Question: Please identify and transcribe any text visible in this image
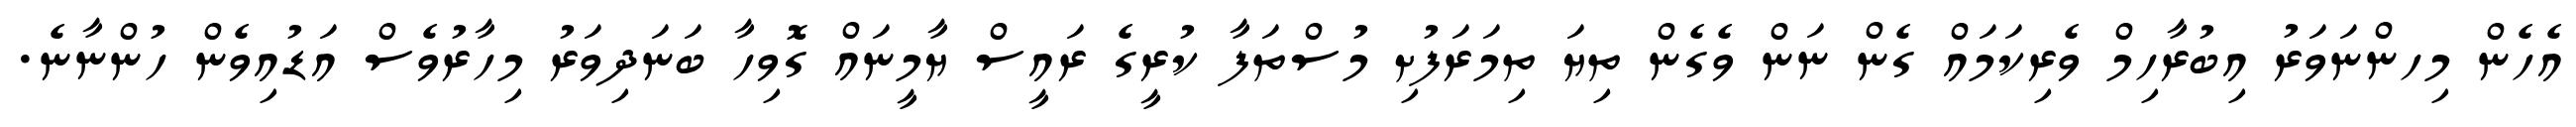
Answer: އެހެން މިހންނަވަރު އިބުރާހިމް ވެރިކަމައް ގެން ނަން ވެގެން ތިޔަ ތިމަރަފުށި މުސްތަފާ ކުރީގެ ރައީސް ޔާމީނައް ގޮވިހާ ބަނަދިވަރު މިހާރުވެސް އަޑުއިވެން ހުންނާނެ.